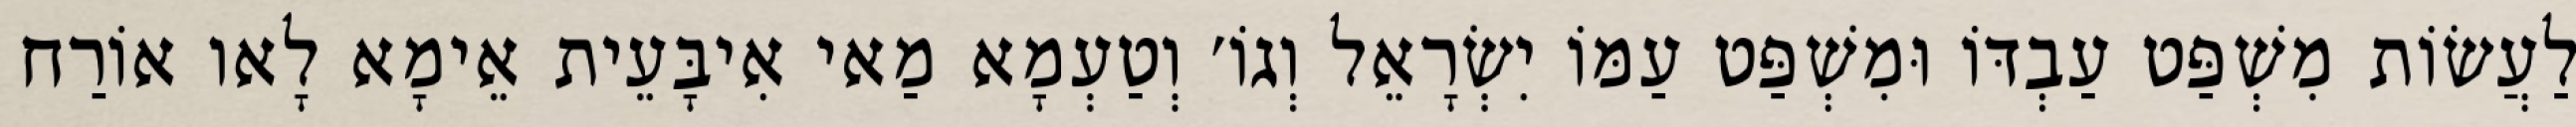
לַעֲשׂוֹת מִשְׁפַּט עַבְדּוֹ וּמִשְׁפַּט עַמּוֹ יִשְׂרָאֵל וְגוֹ׳ וְטַעְמָא מַאי אִיבָּעֵית אֵימָא לָאו אוֹרַח